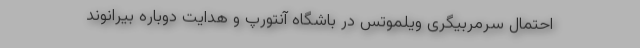
احتمال سرمربیگری ویلموتس در باشگاه آنتورپ و هدایت دوباره بیرانوند